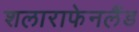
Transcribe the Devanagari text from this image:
शलाराफेनलैंड